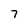
Character: 7